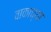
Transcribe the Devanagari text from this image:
वाकाच्या